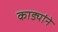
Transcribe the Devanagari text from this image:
काड्यांने